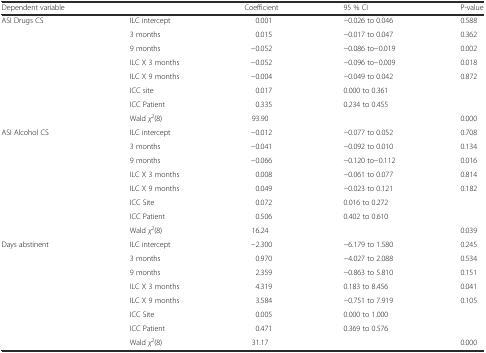
<table><thead><tr><td><b>Dependent variable</b></td><td></td><td><b>Coefficient</b></td><td><b>95 % CI</b></td><td><b>P-value</b></td></tr></thead><tbody><tr><td>ASI Drugs CS</td><td>ILC intercept</td><td>0.001</td><td>−0.026 to 0.046</td><td>0.588</td></tr><tr><td></td><td>3 months</td><td>0.015</td><td>−0.017 to 0.047</td><td>0.362</td></tr><tr><td></td><td>9 months</td><td>−0.052</td><td>−0.086 to−0.019</td><td>0.002</td></tr><tr><td></td><td>ILC X 3 months</td><td>−0.052</td><td>−0.096 to−0.009</td><td>0.018</td></tr><tr><td></td><td>ILC X 9 months</td><td>−0.004</td><td>−0.049 to 0.042</td><td>0.872</td></tr><tr><td></td><td>ICC site</td><td>0.017</td><td>0.000 to 0.361</td><td></td></tr><tr><td></td><td>ICC Patient</td><td>0.335</td><td>0.234 to 0.455</td><td></td></tr><tr><td></td><td>Wald <i>χ</i><sup>2</sup>(8)</td><td>93.90</td><td></td><td>0.000</td></tr><tr><td>ASI Alcohol CS</td><td>ILC intercept</td><td>−0.012</td><td>−0.077 to 0.052</td><td>0.708</td></tr><tr><td></td><td>3 months</td><td>−0.041</td><td>−0.092 to 0.010</td><td>0.134</td></tr><tr><td></td><td>9 months</td><td>−0.066</td><td>−0.120 to−0.112</td><td>0.016</td></tr><tr><td></td><td>ILC X 3 months</td><td>0.008</td><td>−0.061 to 0.077</td><td>0.814</td></tr><tr><td></td><td>ILC X 9 months</td><td>0.049</td><td>−0.023 to 0.121</td><td>0.182</td></tr><tr><td></td><td>ICC Site</td><td>0.072</td><td>0.016 to 0.272</td><td></td></tr><tr><td></td><td>ICC Patient</td><td>0.506</td><td>0.402 to 0.610</td><td></td></tr><tr><td></td><td>Wald <i>χ</i><sup>2</sup>(8)</td><td>16.24</td><td></td><td>0.039</td></tr><tr><td>Days abstinent</td><td>ILC intercept</td><td>−2.300</td><td>−6.179 to 1.580</td><td>0.245</td></tr><tr><td></td><td>3 months</td><td>0.970</td><td>−4.027 to 2.088</td><td>0.534</td></tr><tr><td></td><td>9 months</td><td>2.359</td><td>−0.863 to 5.810</td><td>0.151</td></tr><tr><td></td><td>ILC X 3 months</td><td>4.319</td><td>0.183 to 8.456</td><td>0.041</td></tr><tr><td></td><td>ILC X 9 months</td><td>3.584</td><td>−0.751 to 7.919</td><td>0.105</td></tr><tr><td></td><td>ICC Site</td><td>0.005</td><td>0.000 to 1.000</td><td></td></tr><tr><td></td><td>ICC Patient</td><td>0.471</td><td>0.369 to 0.576</td><td></td></tr><tr><td></td><td>Wald <i>χ</i><sup>2</sup>(8)</td><td>31.17</td><td></td><td>0.000</td></tr></tbody></table>